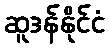
ဆူဒန်နိုင်ငံ